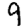
Digit: 9